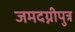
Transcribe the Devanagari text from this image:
जमदग्नीपुत्र